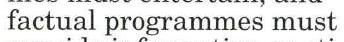
 factual programmes must